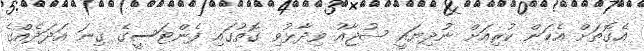
އެގޮތަށް އެކަން ކުރިއަށް ނުދިޔައީ ޝުޖާއު ވިދާޅުވި ގޮތުގައި ފެންޓަސީގެ ގިނަ އަދަދެއްގެ